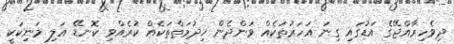
ދިވެހިރާއްޖޭގެ އަޑުގައި ގިނަ އަހަރުތަކެއް ވަންދެން ޚިދުމަތްތަކެއް ކުރެއްވި ކޮނޑޭ އަލި މަނިކަކީ